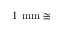
1 \ \mathrm { m m } \cong